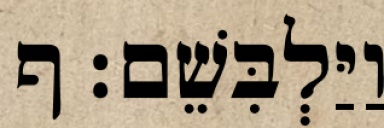
וַיַּלְבִּשֵׁם׃ ף